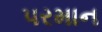
પરમાન